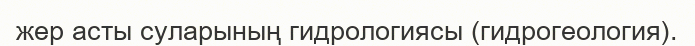
жер асты суларының гидрологиясы (гидрогеология).